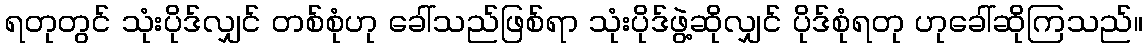
ရတုတွင် သုံးပိုဒ်လျှင် တစ်စုံဟု ခေါ်သည်ဖြစ်ရာ သုံးပိုဒ်ဖွဲ့ဆိုလျှင် ပိုဒ်စုံရတု ဟုခေါ်ဆိုကြသည်။